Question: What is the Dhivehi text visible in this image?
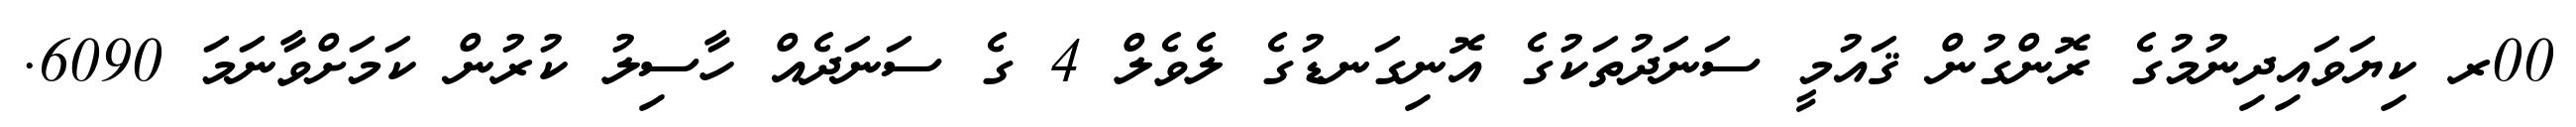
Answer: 00ރ ކިޔަވައިދިނުމުގެ ރޮންގުން ޤައުމީ ސަނަދުތަކުގެ އޮނިގަނޑުގެ ލެވެލް 4 ގެ ސަނަދެއް ހާސިލު ކުރުން ކަމަށްވާނަމަ 6090.